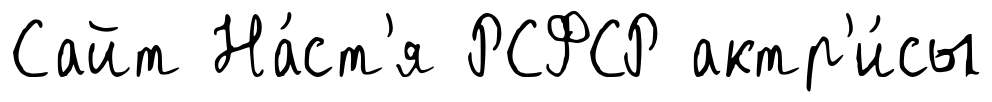
Сайт На́ст'я РСФСР актр'и́сы